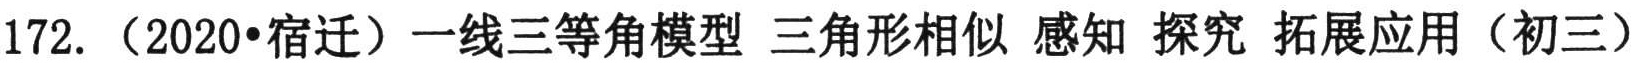
172. （2020•宿迁）一线三等角模型 三角形相似 感知 探究 拓展应用（初三）